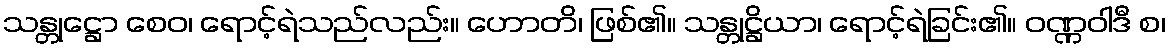
သန္တုဋ္ဌော စေဝ၊ ရောင့်ရဲသည်လည်း။ ဟောတိ၊ ဖြစ်၏။ သန္တုဋ္ဌိယာ၊ ရောင့်ရဲခြင်း၏။ ဝဏ္ဏဝါဒီ စ၊